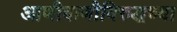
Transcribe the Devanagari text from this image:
आणीबाणीविरुद्धच्या